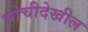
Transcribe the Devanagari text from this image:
चोचीदेखील